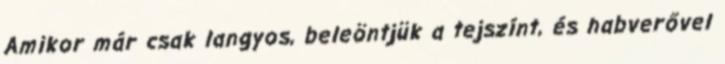
Amikor már csak langyos, beleöntjük a tejszínt, és habverővel